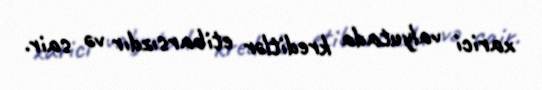
xarici valyutada kreditlər etibarsızdır və sair.